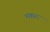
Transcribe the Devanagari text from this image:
मक्स्द